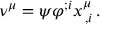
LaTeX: \nu ^ { \mu } = \psi \varphi ^ { ; i } x _ { \, , i } ^ { \mu } \, .